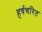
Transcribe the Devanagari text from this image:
हर्षचरित